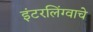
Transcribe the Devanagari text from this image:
इंटरलिंग्वाचे